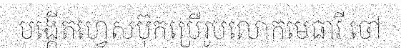
បង្កើតហ្វេសប៊ុកប្រើរូបលោកមេធាវី ចៅ